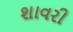
શાવરી